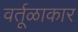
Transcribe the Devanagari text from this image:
वर्तूळाकार